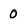
Character: 0